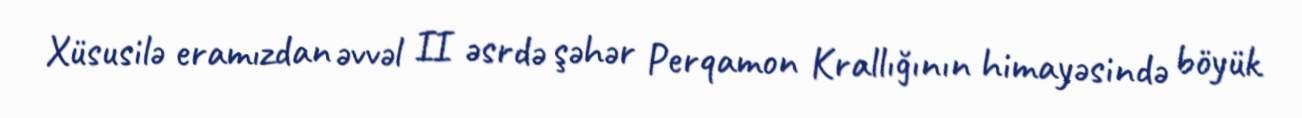
Xüsusilə eramızdan əvvəl II əsrdə şəhər Perqamon Krallığının himayəsində böyük